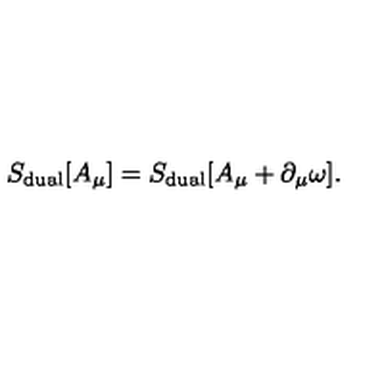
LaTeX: S _ { \mathrm { d u a l } } [ A _ { \mu } ] = S _ { \mathrm { d u a l } } [ A _ { \mu } + \partial _ { \mu } \omega ] .